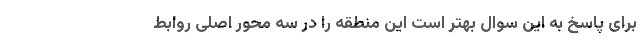
برای پاسخ به این سوال بهتر است این منطقه را در سه محور اصلی روابط